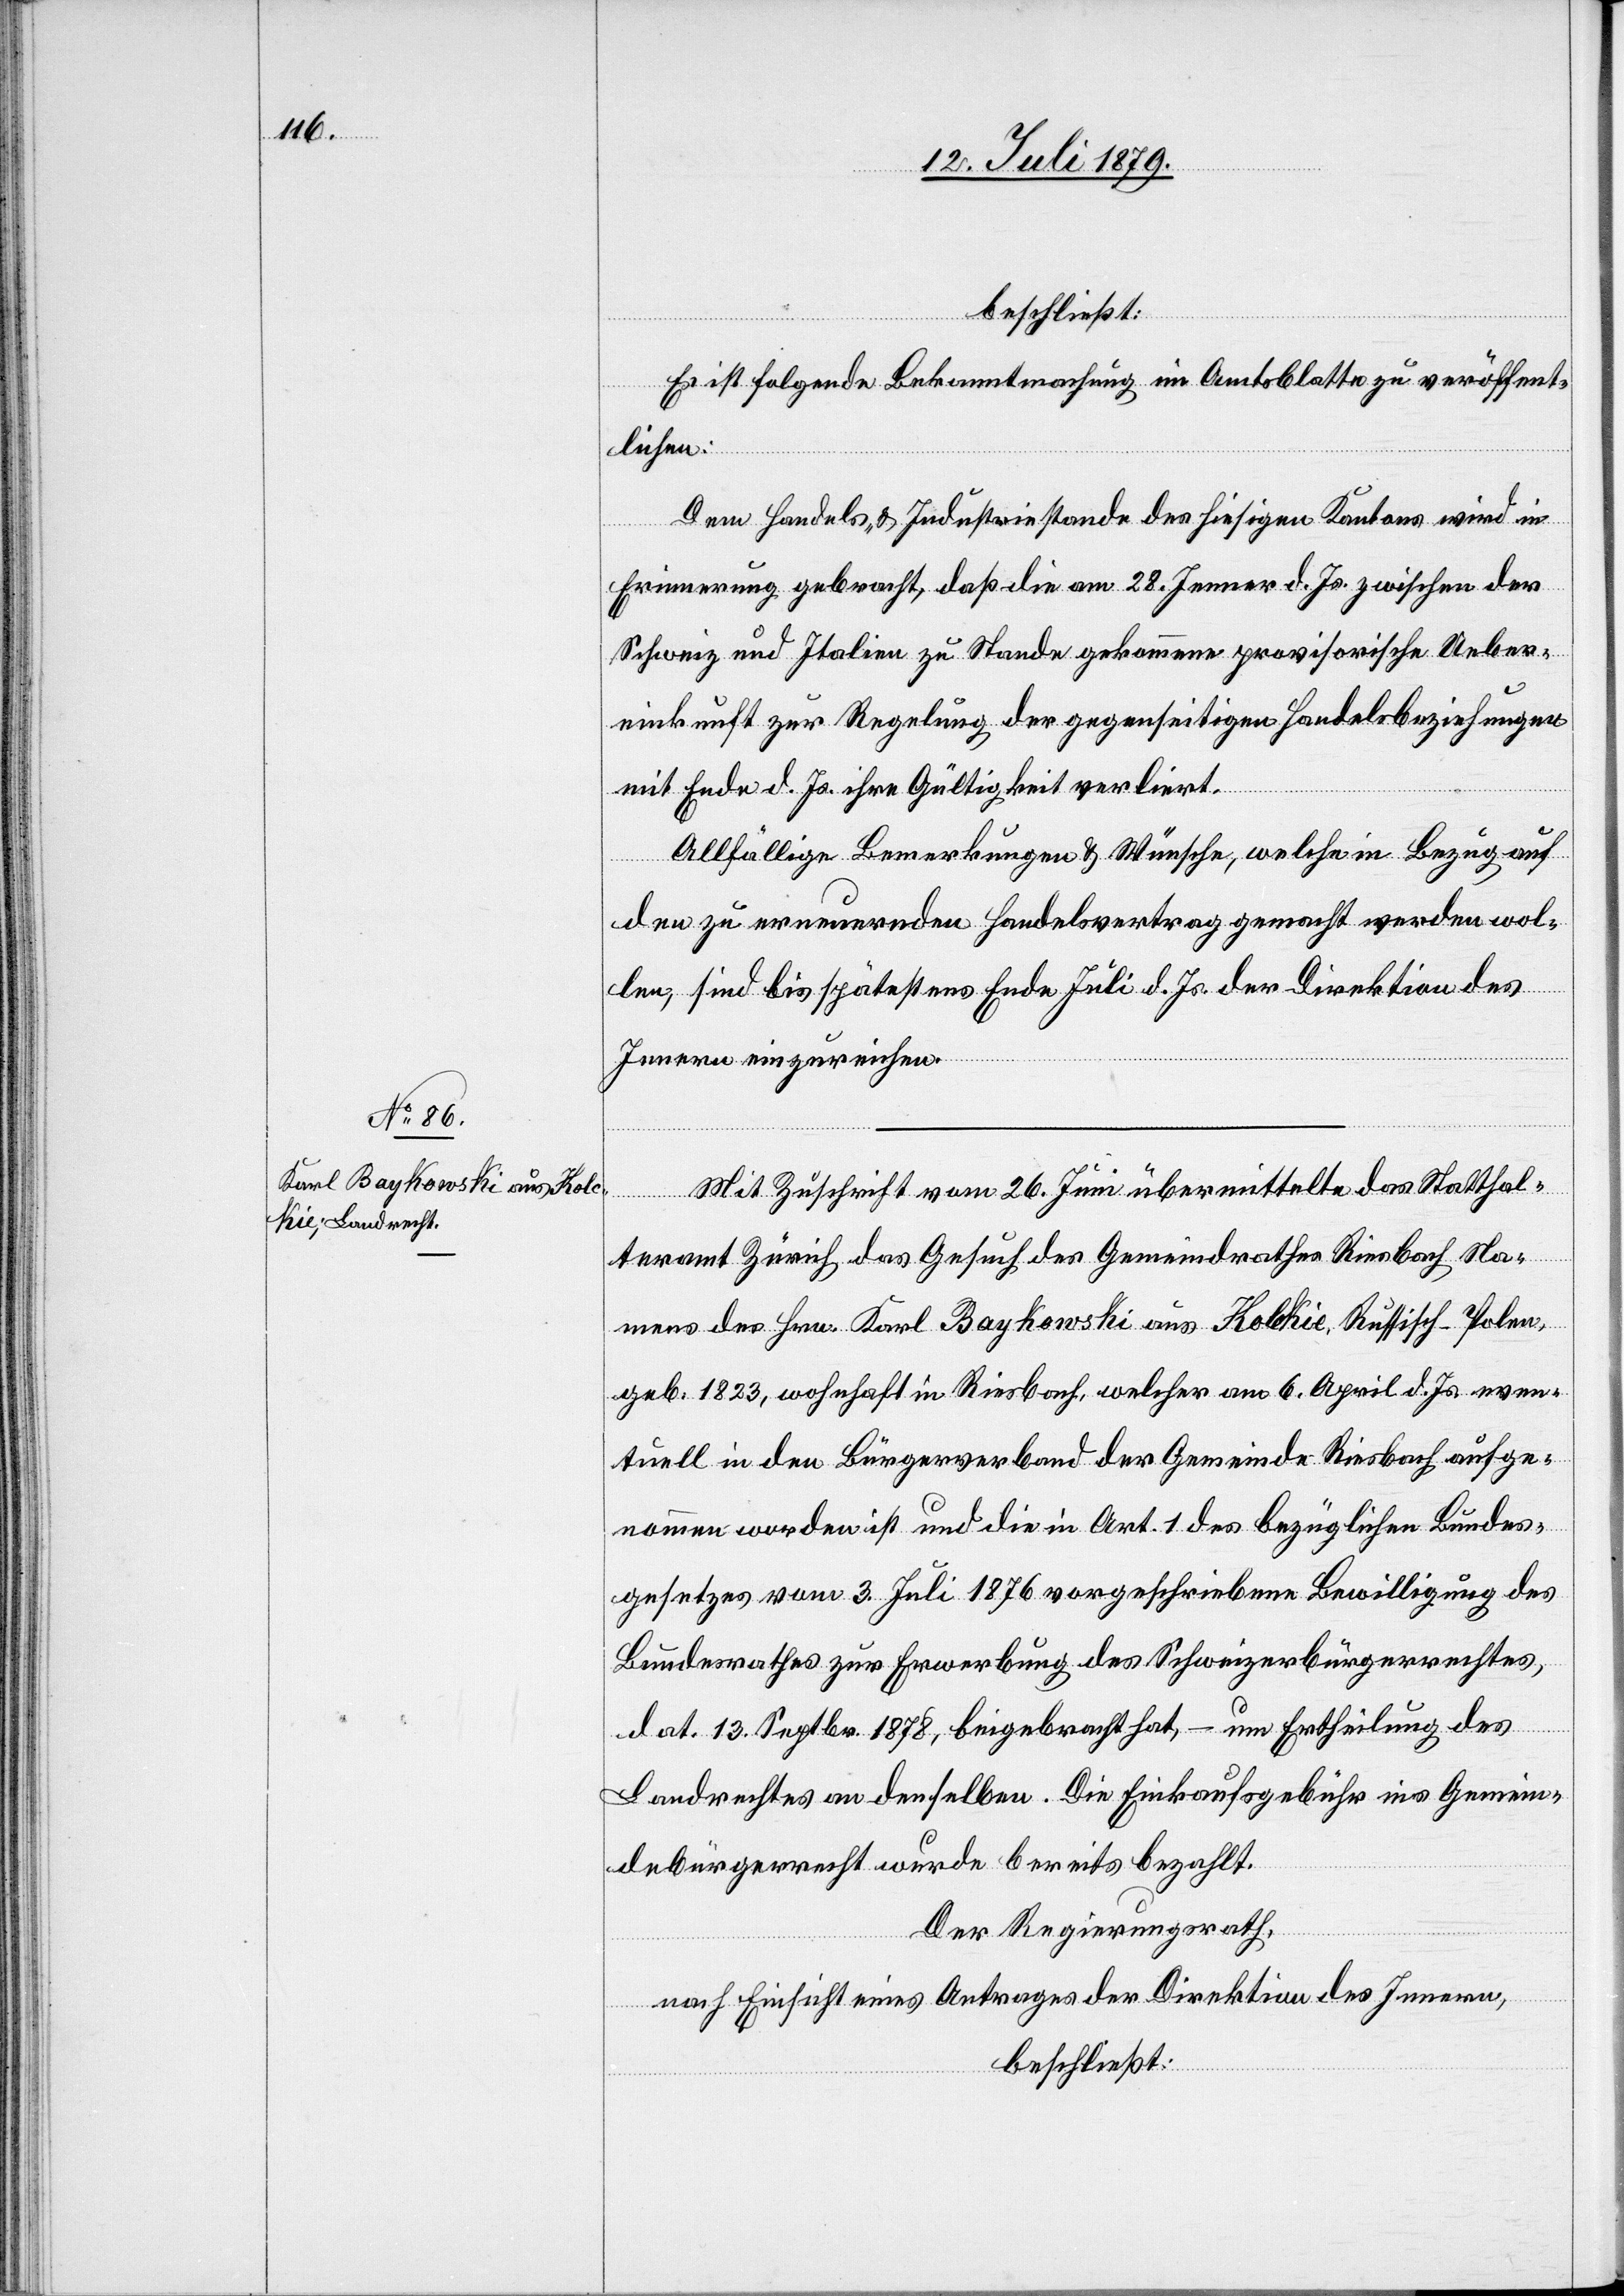
beschließt:
Es ist folgende Bekanntmachung im Amtsblatte zu veröffent¬
lichen:
Dem Handels- & Industriestande des hiesigen Kantons wird in
Erinnerung gebracht, daß die am 28. Jenner d. Js. zwischen der
Schweiz und Italien zu Stande gekommene provisorische Ueber¬
einkunft zur Regelung der gegenseitigen Handelsbeziehungen
mit Ende d. Js. ihre Gültigkeit verliert.
Allfällige Bemerkungen & Wünsche, welche in Bezug auf
den zu erneuernden Handelsvertrag gemacht werden wol¬
len, sind bis spätestens Ende Juli d. Js. der Direktion des
Innern einzureichen.
Mit Zuschrift vom 26. Juni übermittelte das Statthal¬
teramt Zürich das Gesuch des Gemeindrathes Riesbach Na¬
mens des Hrn. Karl Baykowski aus Kolckie, Russisch-Polen,
geb. 1823, wohnhaft in Riesbach, welcher am 6. April d. Js. even¬
tuell in den Bürgerverband der Gemeinde Riesbach aufge¬
nommen worden ist und die in Art. 1 des bezüglichen Bundes¬
gesetzes vom 3. Juli 1876 vorgeschriebene Bewilligung des
Bundesrathes zur Erwerbung des Schweizerbürgerrechtes,
dat. 13. Septbr. 1878, beigebracht hat, – um Ertheilung des
Landrechtes an denselben. Die Einkaufsgebühr ins Gemein¬
debürgerrecht wurde bereits bezahlt.
Der Regierungsrath,
nach Einsicht eines Antrages der Direktion des Innern,
beschließt: